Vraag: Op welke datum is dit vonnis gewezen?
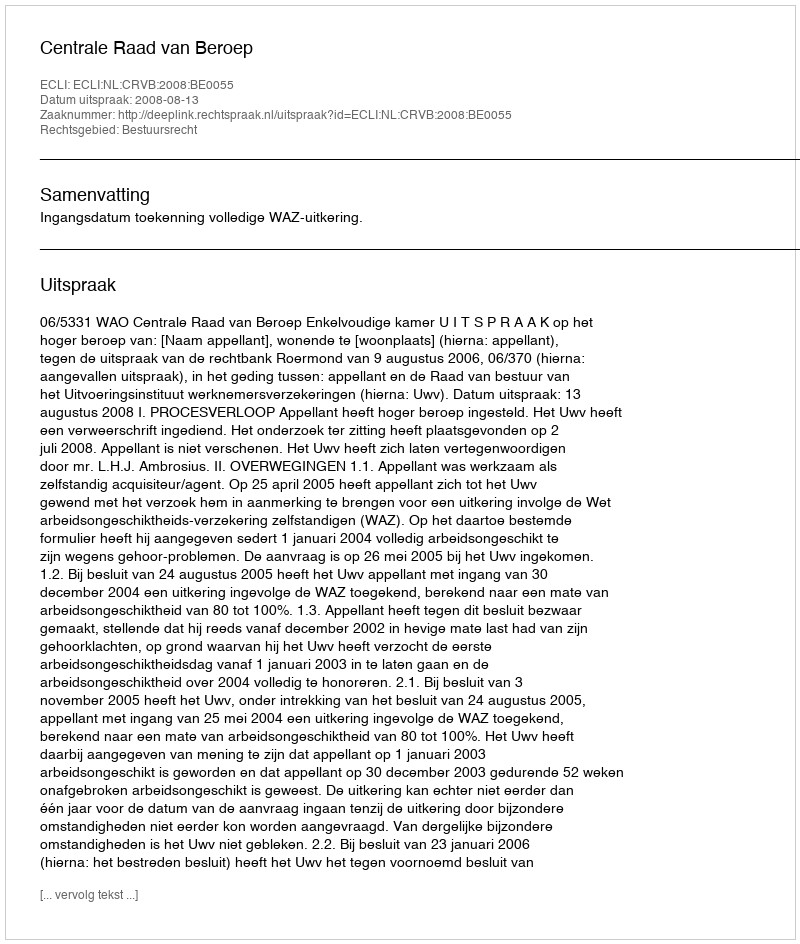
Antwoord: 2008-08-13